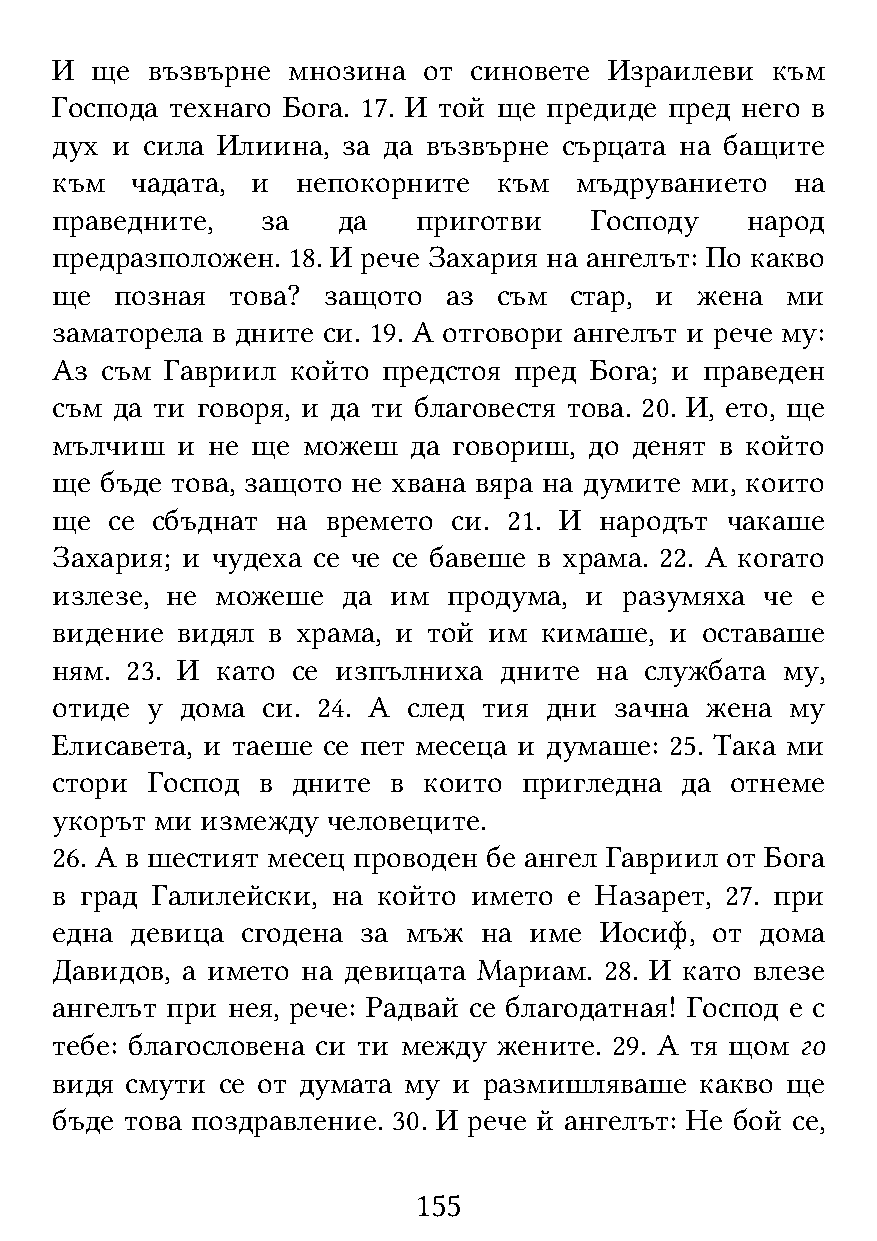
И  ще  възвърне мнозина  от синовете Израилеви  към
 Господа технаго Бога. 17. И той ще предиде пред него в
 дух и сила Илиина,  за да възвърне сърцата на бащите
 към   чадата, и  непокорните  към  мъдруванието   на
 праведните,   за   да    приготви   Господу   народ
 предразположен. 18. И рече Захария на ангелът: По какво
 ще   позная това? защото   аз съм  стар, и жена  ми
 заматорела в дните си. 19. А отговори ангелът и рече му:
 Аз  съм Гавриил който предстоя пред Бога; и праведен
 съм да ти говоря, и да ти благовестя това. 20. И, ето, ще
 мълчиш   и не ще можеш  да говориш, до денят в който
 ще  бъде това, защото не хвана вяра на думите ми, които
 ще  се сбъднат на  времето си. 21. И народът чакаше
 Захария; и чудеха се че се бавеше в храма. 22. А когато
 излезе, не можеше   да им  продума, и разумяха  че е
 видение  видял в храма, и той им кимаше, и оставаше
 ням. 23. И като се изпълниха  дните на  службата му,
 отиде  у дома си. 24. А след тия дни  зачна жена му
 Елисавета, и таеше се пет месеца и думаше: 25. Така ми
 стори  Господ в дните  в които  пригледна да отнеме
 укорът ми измежду  человеците.
 26. А в шестият месец проводен бе ангел Гавриил от Бога
 в град Галилейски, на който името  е Назарет, 27. при
 една  девица сгодена за мъж  на име  Иосиф, от дома
 Давидов, а името на девицата Мариам. 28. И като влезе
 ангелът при нея, рече: Радвай се благодатная! Господ е с
 тебе: благословена си ти между жените. 29. А тя щом го
 видя смути се от думата му и размишляваше  какво ще
 бъде това поздравление. 30. И рече й ангелът: Не бой се,
 155